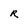
Character: R